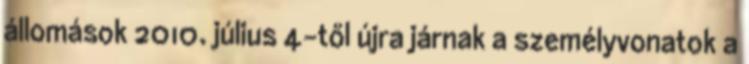
állomások 2010. július 4-től újra járnak a személyvonatok a